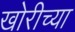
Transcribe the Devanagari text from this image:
खोरीच्या